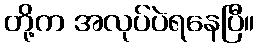
တို့က အလုပ်ပဲရနေပြီ။